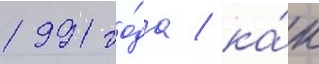
1991 го́да / ка́к